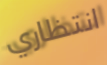
انتظاري